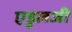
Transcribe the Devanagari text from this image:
एडुलजी